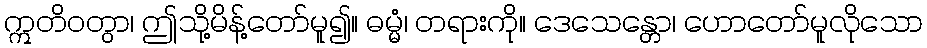
ဣတိဝတွာ၊ ဤသို့မိန့်တော်မူ၍။ ဓမ္မံ၊ တရားကို။ ဒေသေန္တော၊ ဟောတော်မူလိုသော